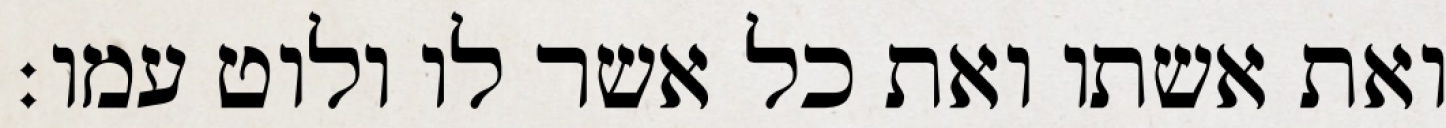
ואת אשתו ואת כל אשר לו ולוט עמו׃